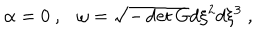
LaTeX: \alpha = 0 ~ , \omega = \sqrt { - \det G } d \xi ^ { 2 } d \xi ^ { 3 } ~ ,